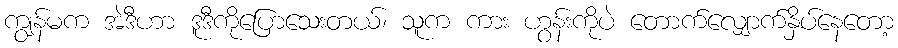
ကျွန်မက အဲဒီဟာ ဒူဒီကိုပြောသေးတယ်၊ သူက ကား ဟွန်းကိုပဲ တောက်လျှောက်နှိပ်နေတော့